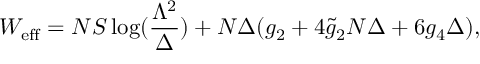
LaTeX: W _ { \mathrm { e f f } } = N S \log ( \frac { \Lambda ^ { 2 } } { \Delta } ) + N \Delta ( g _ { 2 } + 4 \widetilde { g } _ { 2 } N \Delta + 6 g _ { 4 } \Delta ) ,